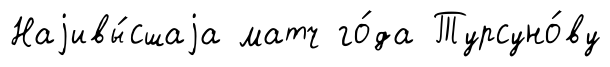
Наjивы́сшаjа матч го́да Турсуно́ву